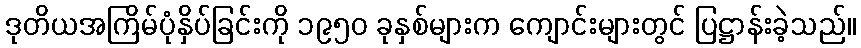
ဒုတိယအကြိမ်ပုံနှိပ်ခြင်းကို ၁၉၅၀ ခုနှစ်များက ကျောင်းများတွင် ပြဋ္ဌာန်းခဲ့သည်။